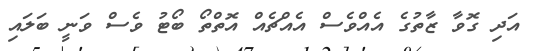
އަދި ގޮވާ ޒާތުގެ އެއްވެސް އެއްޗެއް އޮތްތޯ ބޯޓު ވެސް ވަނީ ބަލައި